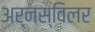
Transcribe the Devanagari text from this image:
अर्नस्विलर